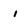
Character: i